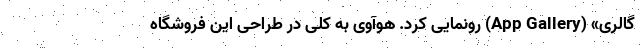
گالری» (App Gallery) رونمایی کرد. هوآوی به کلی در طراحی این فروشگاه